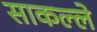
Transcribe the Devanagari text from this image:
साकल्ले